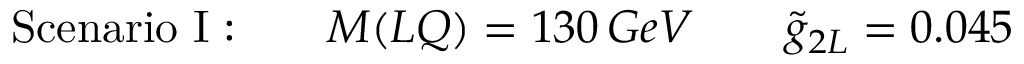
\mathrm { S c e n a r i o ~ I : } \qquad M ( L Q ) = 1 3 0 \, G e V \qquad \tilde { g } _ { 2 L } = 0 . 0 4 5